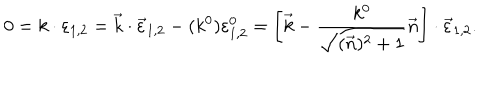
LaTeX: 0 = k \cdot \varepsilon _ { 1 , 2 } = \vec { k } \cdot \vec { \varepsilon } _ { 1 , 2 } - ( k ^ { 0 } ) \varepsilon _ { 1 , 2 } ^ { 0 } = \left[ \vec { k } - \frac { k ^ { 0 } } { \sqrt { ( \vec { n } ) ^ { 2 } + 1 } } \vec { n } \right] \cdot \vec { \varepsilon } _ { 1 , 2 } .